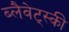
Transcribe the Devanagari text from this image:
ब्लैवेट्स्की